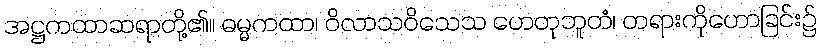
အဋ္ဌကထာဆရာတို့၏။ ဓမ္မကထာ၊ ဝိလာသဝိသေသ ဟေတုဘူတံ၊ တရားကိုဟောခြင်း၌